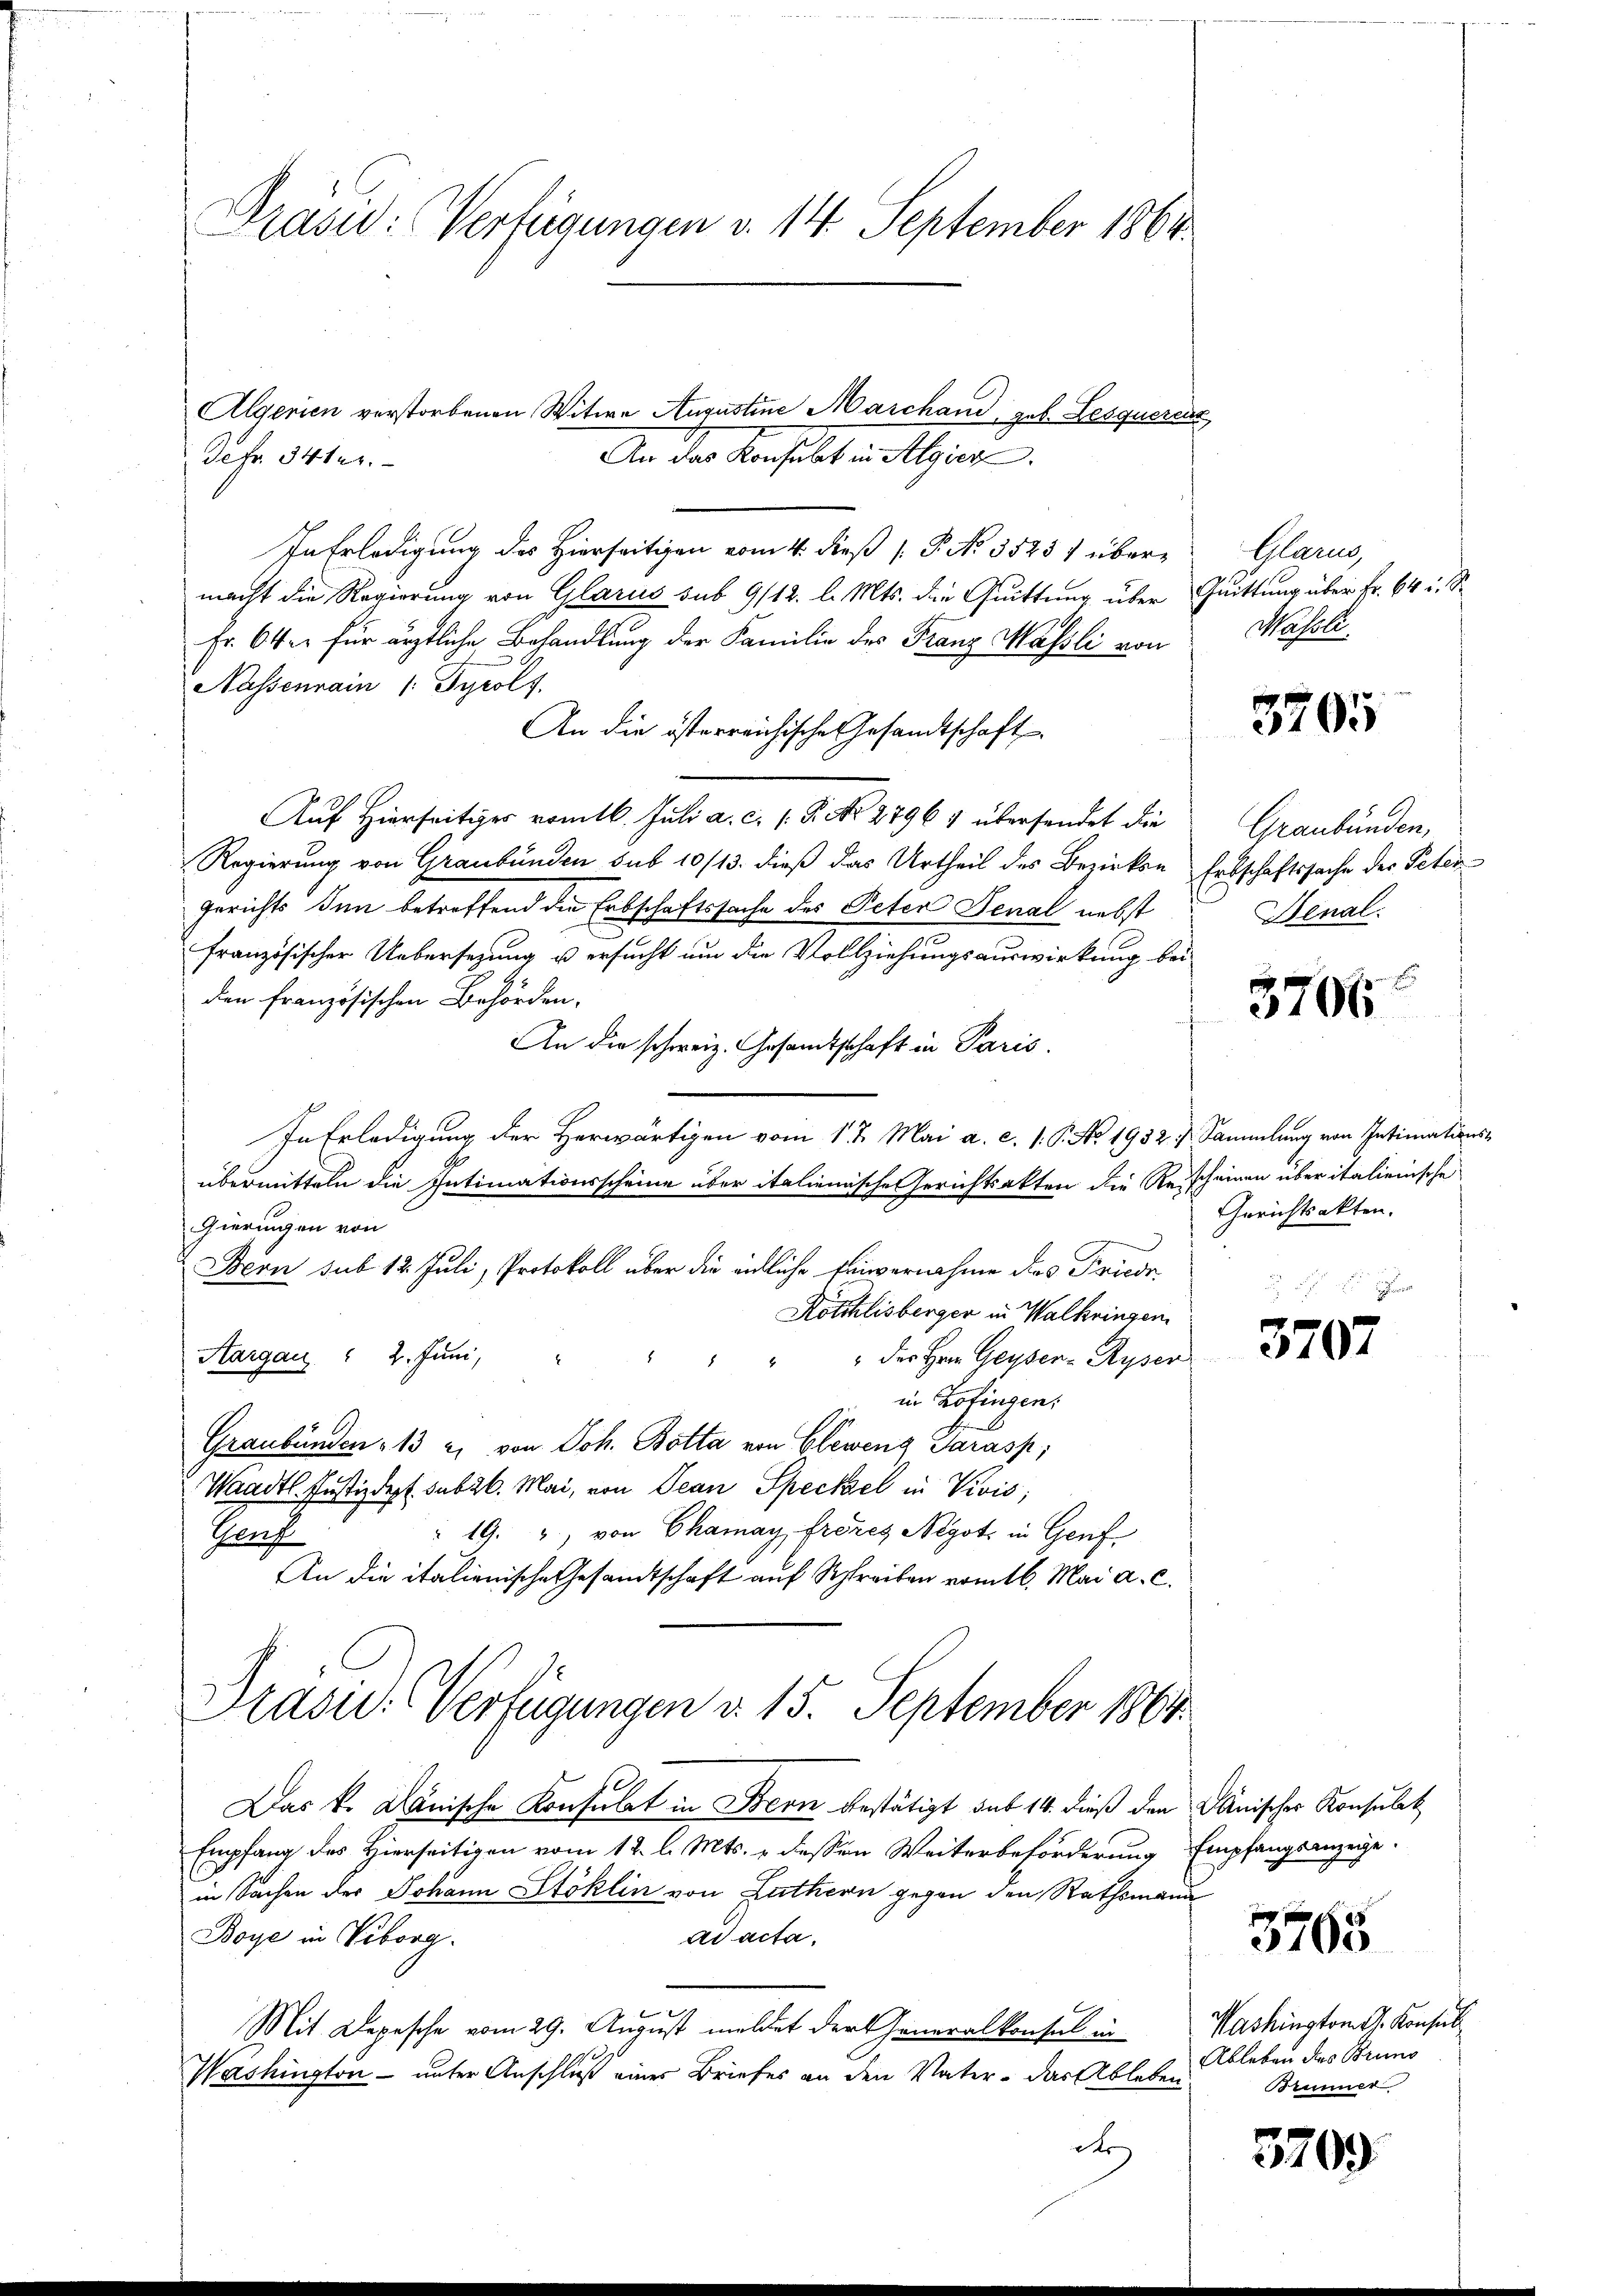
Prasid: Verfügungen v. 14. September 1864.

Algerien verstorbenen Witwe Augustine Marchand, geb. Lesquerent
An der Verhalt in Algier
In Erledigung des Hierseitigen vom 4. dieß P. No 35257 übermacht die Regierung von Glarus sub 9/12. l. Mts. die Quittung über Quittung über Fr. 64 u. S
Fr. 64 er für ärztliche Behandlung der Familie des Franz Massli von
Nassenrain /: Tyrolf.
An die österreichische Gesandtschaft
Auf Hierseitiger vom 16. Juli a. c. (T. No. 27964 übersendet die
Regierung von Graubünden sub 10/13. dieß das Urtheil des Bezirken Erbschaftssache der Peter¬
Gerichts Inn betreffend die Erbschaftssache des Peter Senal nebst
französischer Uebersetzung u ersucht um die Vollziehungsauswirkung bei
den französischen Behörden.
An die schweiz. Gesandtschaft in Paris.
In Erledigung der Herwärtigen vom 1 t Mai a. c. 1. P. No. 1952. Sammlung von Intimationsübermitteln die Intimationsscheine über italienische Gerichtsakten die Rescheinen über italienische
Gieringen von
Bern sub 12 Juli, Protokoll über die eidliche Feinvernahme des Friede
Röthlisberger in Walkringen
Aargau § 2. Juni,
" " der Hrn. Geyser- Ryser
in Zofingen.
Graubünden 13 u. von Joh. Botta von Glewenz Sarasp;
Waadt. Justizdept. sub 26. Mai, von Jean Speckel in Vivis,
" 19. 4, von Chamay, frores Negot. in Genf
Genf
An die italienische Gesandtschaft auf Schreiben vom 6. Mai a. c.
Präsid. Verfügungen d. 15. September 1864.

Jefr. 34ter.

Das k. Dänische Konsulat in Bern bestätigt sub 14. dieß den Dänischer Konsulat
Empfang des Hierseitigen vom 12. l. Mts. u dessen Weiterbeförderung Empfangsanzeige.
in Sachen der Johann Stoklin von Luthern gegen den Rathsmann
Boye in Viborg
ad acta.

Mit Depesche vom 29. August meldet der Generalkonsul in
Washington - unter Anschluß einer Briefes an den Vater - das Ableben
dr

Glarus
Massli

3705

Graubünden,
Denal.

3706

Gerichtsakten.

3707

3765

Washington Sr. Konsul
Ableben des Bruns
Brunner

3709